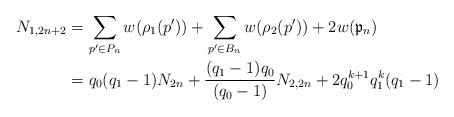
LaTeX: \begin{align*}N_{1,2n+2} &=\sum_{p' \in P_n} w(\rho_1(p')) + \sum_{p' \in B_n} w(\rho_2(p')) + 2 w(\mathfrak{p}_{n})\\&= q_0(q_1-1)N_{2n} + \frac{(q_1-1)q_0}{(q_0-1)}N_{2,2n} + 2q_0^{k+1} q_1^{k}(q_1-1)\end{align*}